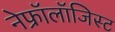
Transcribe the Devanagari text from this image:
नेफ्रॉलॉजिस्ट